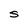
Character: S